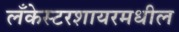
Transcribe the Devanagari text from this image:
लँकेस्टरशायरमधील